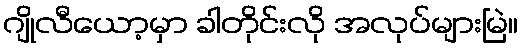
ဂျိုလီယော့မှာ ခါတိုင်းလို အလုပ်များမြဲ။